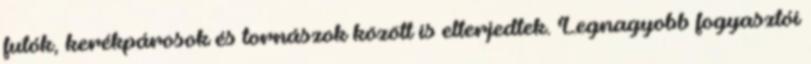
futók, kerékpárosok és tornászok között is elterjedtek. Legnagyobb fogyasztói